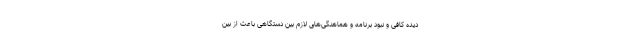
دیده کافی و نبود برنامه و هماهنگی‌های لازم بین دستگاهی باعث از بین